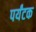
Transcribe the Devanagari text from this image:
पर्यंटक